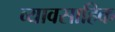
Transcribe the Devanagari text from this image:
व्यावसाहिक